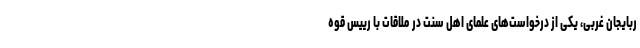
ربایجان غربی، یکی از درخواست‌های علمای اهل سنت در ملاقات با رییس قوه